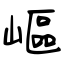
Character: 嶇